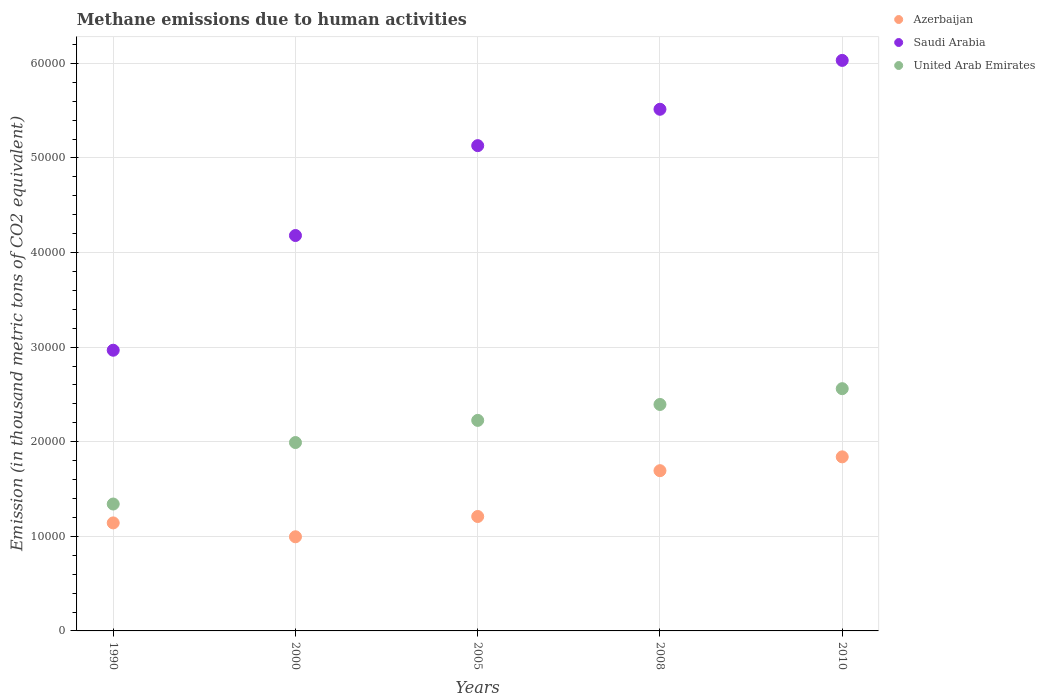
| Years | Azerbaijan | Saudi Arabia | United Arab Emirates |
 | --- | --- | --- | --- |
 | 1990 | 1.14e+04 | 2.97e+04 | 1.34e+04 |
 | 2000 | 9.95e+03 | 4.18e+04 | 1.99e+04 |
 | 2005 | 1.21e+04 | 5.13e+04 | 2.23e+04 |
 | 2008 | 1.69e+04 | 5.51e+04 | 2.39e+04 |
 | 2010 | 1.84e+04 | 6.03e+04 | 2.56e+04 |